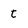
Character: t